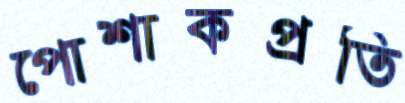
পোশাকপ্রতি